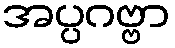
အပ္ပဂဗ္ဗာ